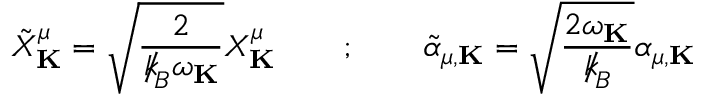
{ \tilde { X } } _ { \bf K } ^ { \mu } = \sqrt { \frac { 2 } { { \slash \! \! \! k } _ { \! { B } } \omega _ { \bf K } } } X _ { \bf K } ^ { \mu } \qquad ; \qquad { \tilde { \alpha } } _ { \mu , { \bf K } } = \sqrt { \frac { 2 \omega _ { \bf K } } { { \slash \! \! \! k } _ { \! { B } } } } \alpha _ { \mu , { \bf K } }